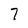
Character: 7